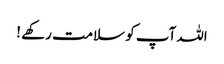
اللہ آپ کو سلامت رکھے !